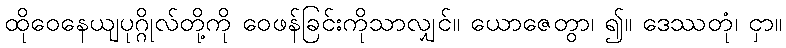
ထိုဝေနေယျပုဂ္ဂိုလ်တို့ကို ဝေဖန်ခြင်းကိုသာလျှင်။ ယောဇေတွာ၊ ၍။ ဒေဿတုံ၊ ငှာ။